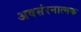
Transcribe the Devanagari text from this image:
अवसंरनात्मक